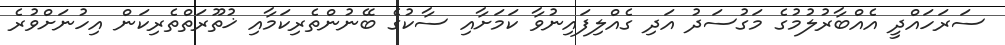
ސަރަހައްދީ އެއްބާރުލުމުގެ މަގުސަދު އަދި ގެއްލިފައިނުވާ ކަމަށާއި ސާކުގެ ބޭނުންތެރިކަމާއި ޚުތޫރަތްތެރިކަން އިހުނަށްވުރެ